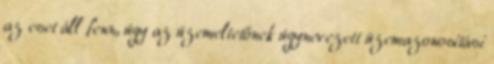
az eset áll fenn, úgy az üzemeltetőnek úgynevezett üzemazonosítási